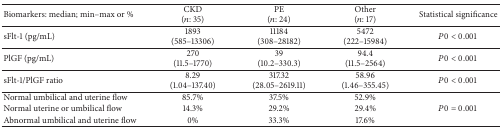
<table><thead><tr><td><b>Biomarkers: median; min–max or %</b></td><td><b>CKD (<i>n</i>: 35)</b></td><td><b>PE (<i>n</i>: 24)</b></td><td><b>Other (<i>n</i>: 17)</b></td><td><b>Statistical significance</b></td></tr></thead><tbody><tr><td>sFlt-1 (pg/mL)</td><td>1893 (585–13306)</td><td>11184 (308–28182)</td><td>5472 (222–15984)</td><td><i>P</i>0 &lt; 0.001</td></tr><tr><td>PlGF (pg/mL)</td><td>270 (11.5–1770)</td><td>39 (10.2–330.3)</td><td>94.4 (11.5–2564)</td><td><i>P</i>0 &lt; 0.001</td></tr><tr><td>sFlt-1/PlGF ratio</td><td>8.29 (1.04–137.40)</td><td>317.32 (28.05–2619.11)</td><td>58.96 (1.46–355.45)</td><td><i>P</i>0 &lt; 0.001</td></tr><tr><td>Normal umbilical and uterine flow</td><td>85.7%</td><td>37.5%</td><td>52.9%</td><td rowspan="3"><i>P</i>0 = 0.001</td></tr><tr><td>Normal uterine or umbilical flow</td><td>14.3%</td><td>29.2%</td><td>29.4%</td></tr><tr><td>Abnormal umbilical and uterine flow</td><td>0%</td><td>33.3%</td><td>17.6%</td></tr></tbody></table>